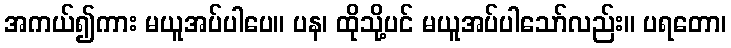
အကယ်၍ကား မယူအပ်ပါပေ။ ပန၊ ထိုသို့ပင် မယူအပ်ပါသော်လည်း။ ပရတော၊